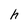
Character: h